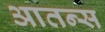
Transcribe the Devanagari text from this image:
आतन्स